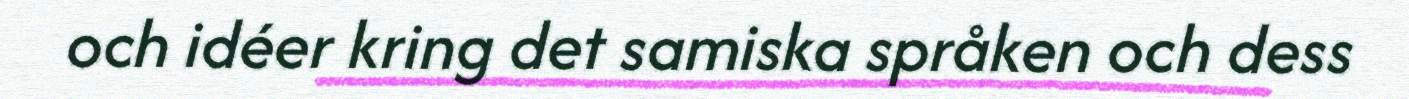
och idéer kring det samiska språken och dess